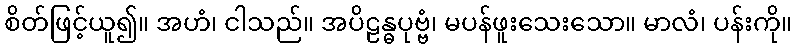
စိတ်ဖြင့်ယူ၍။ အဟံ၊ ငါသည်။ အပိဠန္ဓပုဗ္ဗံ၊ မပန်ဖူးသေးသော။ မာလံ၊ ပန်းကို။